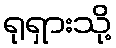
ရုရှားသို့